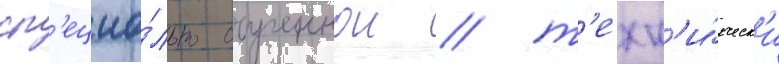
сп'ециа́льно обученнои / т'ехн'и́ческ'и